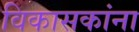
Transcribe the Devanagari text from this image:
विकासकांना